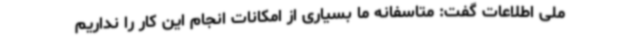
ملی اطلاعات گفت: متاسفانه ما بسیاری از امکانات انجام این کار را نداریم